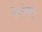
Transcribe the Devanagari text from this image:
विलोब्रुक